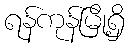
ရန်ကုန်မြို့ရှိ